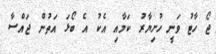
ޖޯ ހާޓު ވަނީ ހުށިޔާރު ކަމާއި އެކު އެ ބޯޅަ އަތުން ޖައްސާ